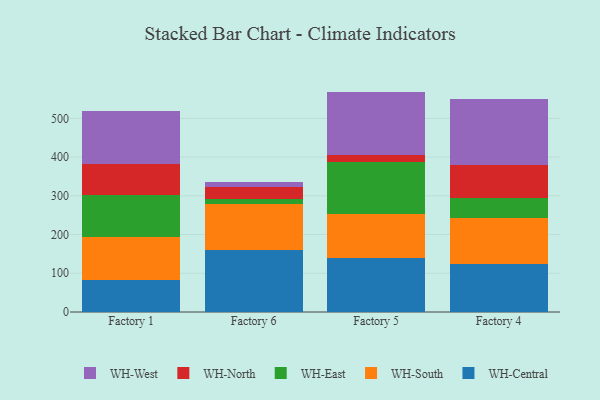
{"axis": {"x": "Factory", "y": "Page Views"}, "legend": ["WH-Central", "WH-East", "WH-North", "WH-South", "WH-West"], "data": [{"x": "Factory 1", "y": 83.9, "type": "WH-Central"}, {"x": "Factory 1", "y": 109.6, "type": "WH-South"}, {"x": "Factory 1", "y": 107.7, "type": "WH-East"}, {"x": "Factory 1", "y": 81.0, "type": "WH-North"}, {"x": "Factory 1", "y": 136.2, "type": "WH-West"}, {"x": "Factory 6", "y": 159.4, "type": "WH-Central"}, {"x": "Factory 6", "y": 118.4, "type": "WH-South"}, {"x": "Factory 6", "y": 14.0, "type": "WH-East"}, {"x": "Factory 6", "y": 30.0, "type": "WH-North"}, {"x": "Factory 6", "y": 14.4, "type": "WH-West"}, {"x": "Factory 5", "y": 139.6, "type": "WH-Central"}, {"x": "Factory 5", "y": 114.7, "type": "WH-South"}, {"x": "Factory 5", "y": 134.1, "type": "WH-East"}, {"x": "Factory 5", "y": 16.0, "type": "WH-North"}, {"x": "Factory 5", "y": 164.6, "type": "WH-West"}, {"x": "Factory 4", "y": 124.7, "type": "WH-Central"}, {"x": "Factory 4", "y": 117.9, "type": "WH-South"}, {"x": "Factory 4", "y": 53.0, "type": "WH-East"}, {"x": "Factory 4", "y": 83.2, "type": "WH-North"}, {"x": "Factory 4", "y": 172.0, "type": "WH-West"}]}